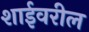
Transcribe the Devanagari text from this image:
शाईवरील